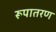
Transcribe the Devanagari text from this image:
रूपातरण